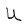
Character: U